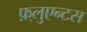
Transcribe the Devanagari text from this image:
फ़्लुएन्टस